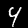
Digit: 4